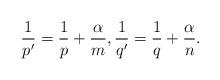
LaTeX: \begin{align*}\frac{1}{p'}=\frac{1}{p}+\frac{\alpha}{m}, \frac{1}{q'}=\frac{1}{q} + \frac{\alpha}{n}.\end{align*}